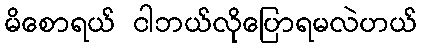
မိစောရယ် ငါဘယ်လိုပြောရမလဲဟယ်